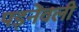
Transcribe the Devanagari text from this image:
पड़नेवली